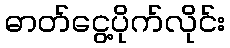
ဓာတ်ငွေ့ပိုက်လိုင်း